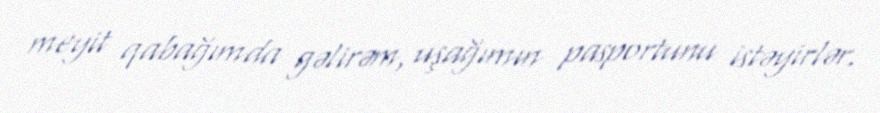
meyit qabağımda gəlirəm, uşağımın pasportunu istəyirlər.